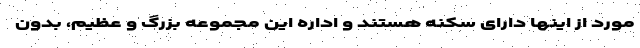
مورد از اینها دارای سکنه هستند و اداره این مجموعه بزرگ و عظیم، بدون